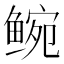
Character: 𬶝